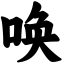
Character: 唤